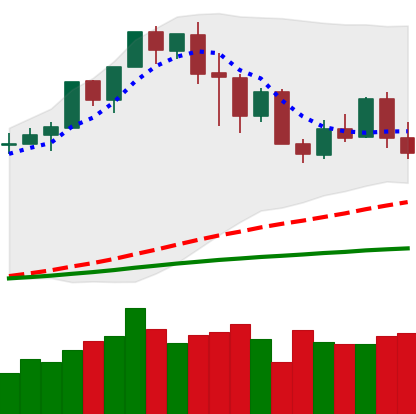
Ticker: XMR-USD
Chart end date: 2020-02-25
Forward return: -15.705%
Label: down_7plus